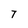
Character: 7